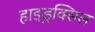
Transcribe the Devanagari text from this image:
हाइड्रक्सिल